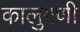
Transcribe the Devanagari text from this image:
कालुगणी